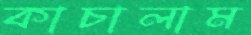
কাচালাম